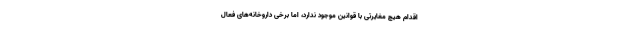
اقدام هیچ مغایرتی با قوانین موجود ندارد، اما برخی داروخانه‌های فعال